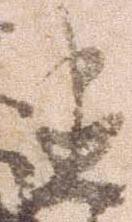
建